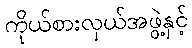
ကိုယ်စားလှယ်အဖွဲ့နှင့်